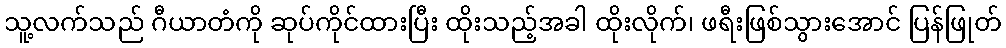
သူ့လက်သည် ဂီယာတံကို ဆုပ်ကိုင်ထားပြီး ထိုးသည့်အခါ ထိုးလိုက်၊ ဖရီးဖြစ်သွားအောင် ပြန်ဖြုတ်